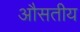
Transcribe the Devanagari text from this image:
औसतीय